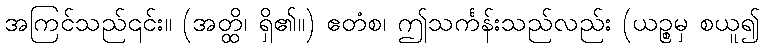
အကြင်သည်၎င်း။ (အတ္ထိ၊ ရှိ၏။) ဧတံစ၊ ဤသင်္ကန်းသည်လည်း (ယဉ္စမှ စယူ၍